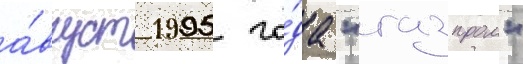
а́вгуст 1995 го́да "газпром"